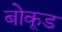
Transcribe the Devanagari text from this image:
बोकूड